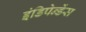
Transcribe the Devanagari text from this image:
इंडिपेन्डेंस